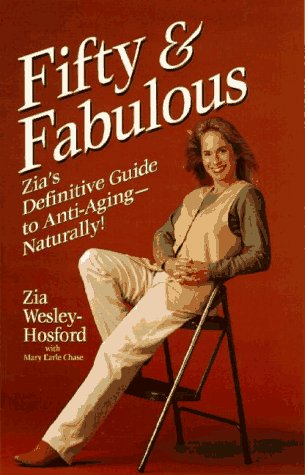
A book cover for Fifty & Fabulous: Zia's Definitive Guide to Anti-Aging - Naturally; Zia Wesley-Hosford; Health, Fitness & Dieting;